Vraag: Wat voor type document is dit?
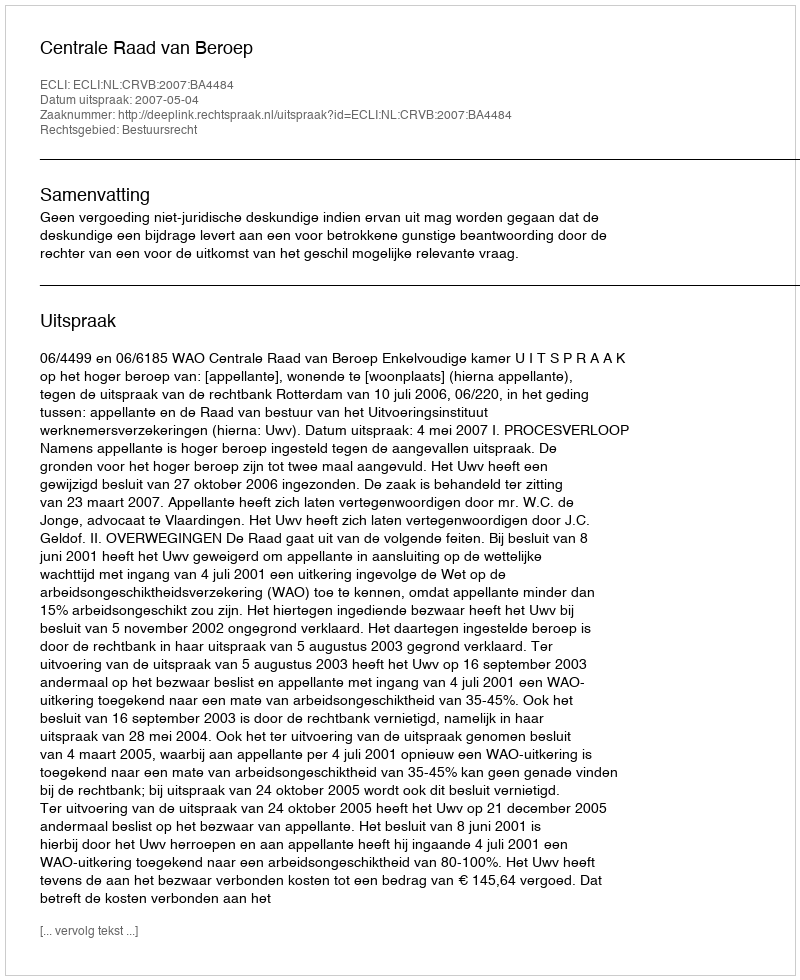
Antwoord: Uitspraak